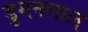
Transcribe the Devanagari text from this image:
डुमनलाल